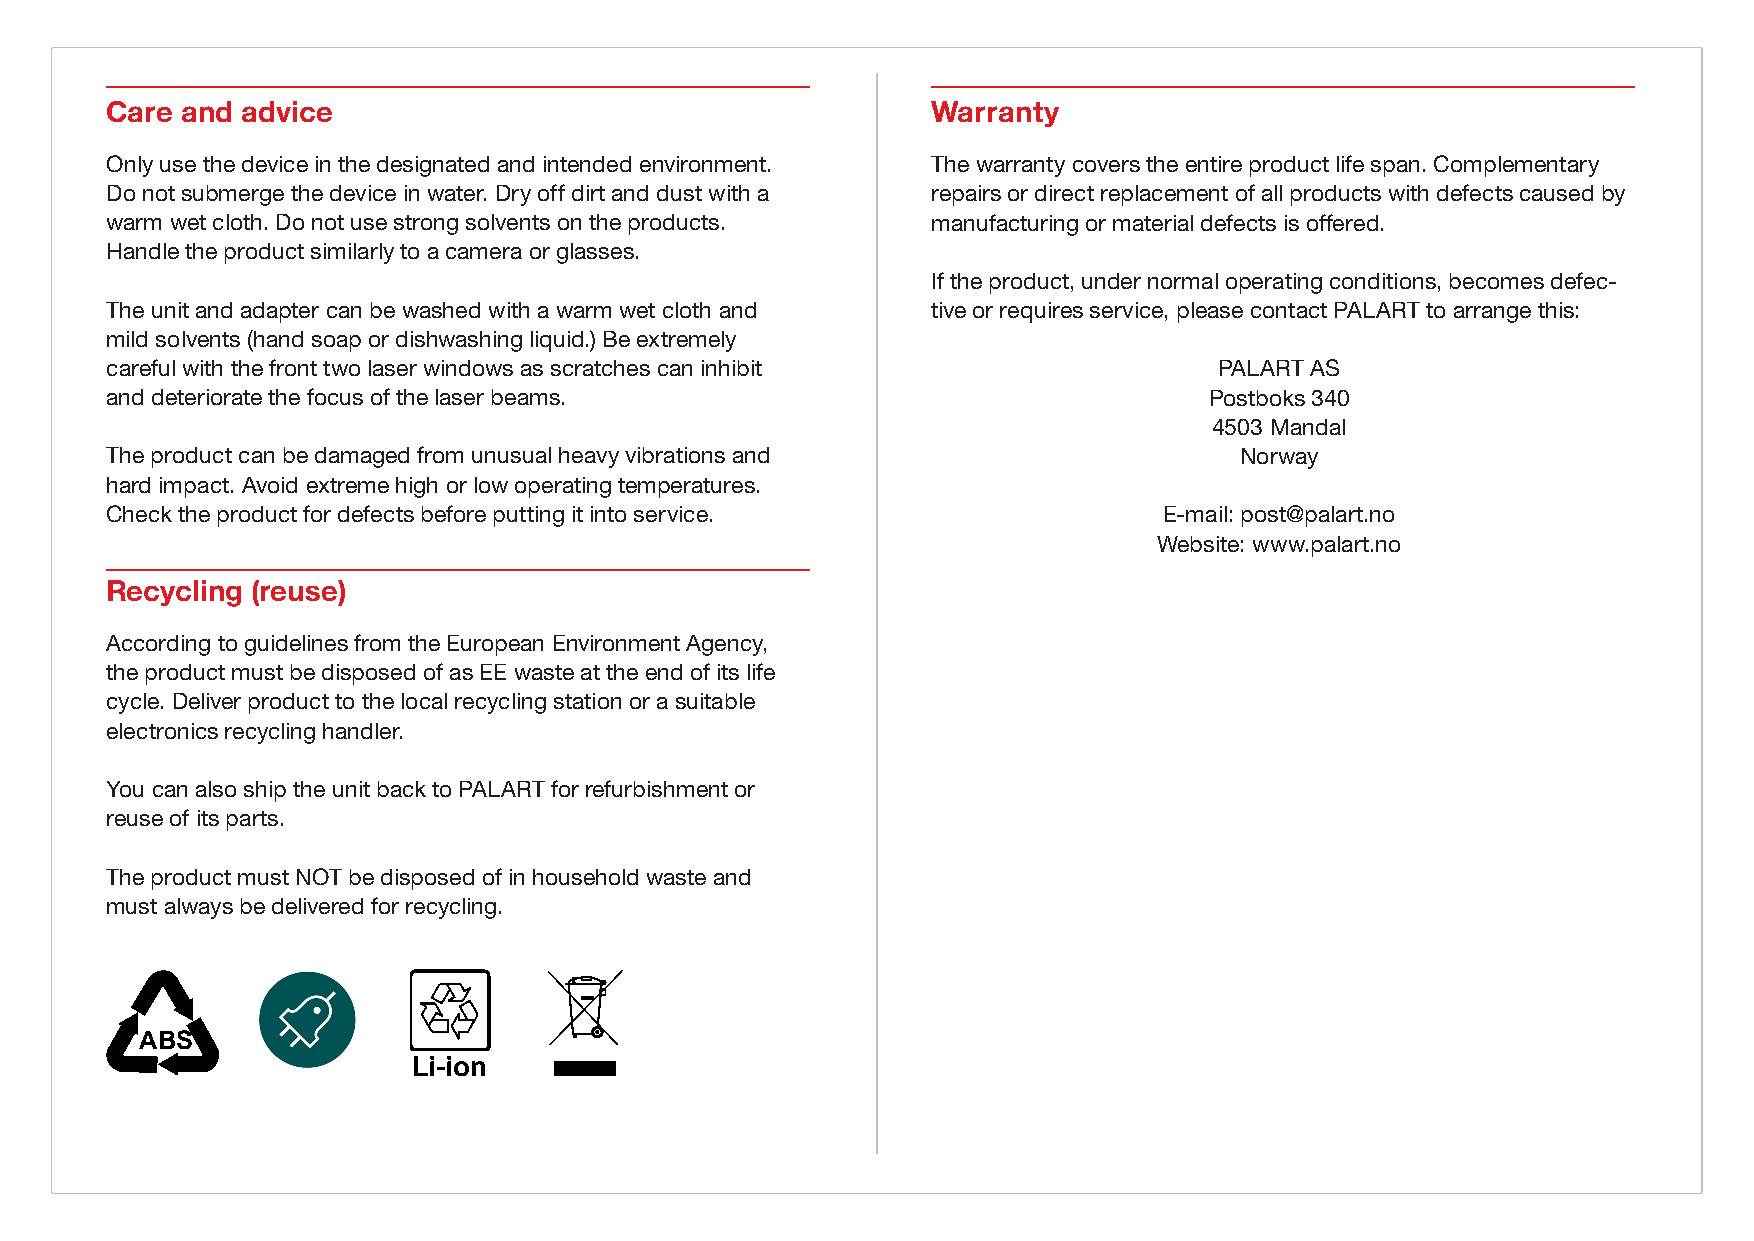
Care and advice                                        Warranty
 Only use the device in the designated and intended environment. The warranty covers the entire product life span. Complementary
 Do not submerge the device in water. Dry off dirt and dust with a repairs or direct replacement of all products with defects caused by
 warm wet cloth. Do not use strong solvents on the products. manufacturing or material defects is offered.
 Handle the product similarly to a camera or glasses.
 If the product, under normal operating conditions, becomes defec-
 The unit and adapter can be washed with a warm wet cloth and tive or requires service, please contact PALART to arrange this:
 mild solvents (hand soap or dishwashing liquid.) Be extremely
 careful with the front two laser windows as scratches can inhibit         PALART AS
 and deteriorate the focus of the laser beams.                            Postboks 340
 4503 Mandal
 The product can be damaged from unusual heavy vibrations and               Norway
 hard impact. Avoid extreme high or low operating temperatures.
 Check the product for defects before putting it into service.         E-mail: post@palart.no
 Website: www.palart.no
 Recycling (reuse)
 According to guidelines from the European Environment Agency,
 the product must be disposed of as EE waste at the end of its life
 cycle. Deliver product to the local recycling station or a suitable
 electronics recycling handler.
 You can also ship the unit back to PALART for refurbishment or
 reuse of its parts.
 The product must NOT be disposed of in household waste and
 must always be delivered for recycling.
 ABS